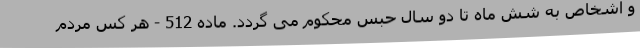
و اشخاص به شش ماه تا دو سال حبس محکوم می‌ گردد. ماده 512 - هر کس مردم